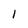
Character: 1